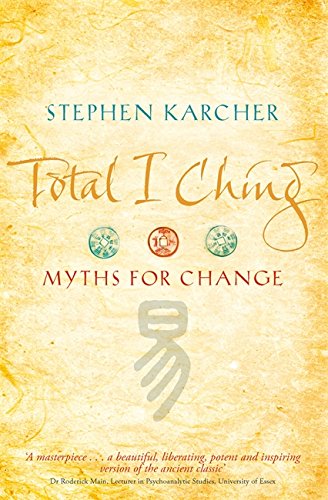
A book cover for Total I Ching: Myths for Change; Stephen Karcher; Religion & Spirituality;